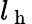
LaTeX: l_{\mathrm{~h~}}